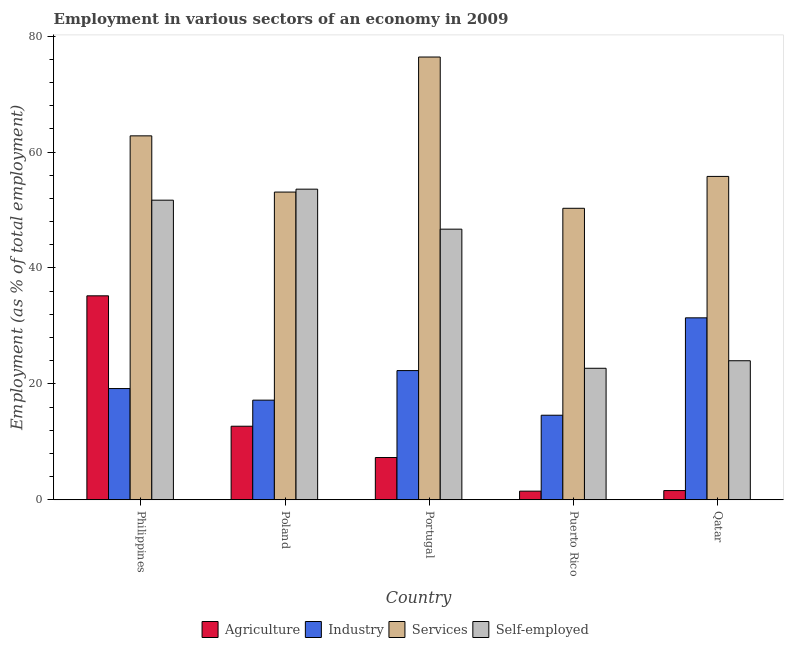
| Country | Agriculture | Industry | Services | Self-employed |
 | --- | --- | --- | --- | --- |
 | Philippines | 35.2 | 19.2 | 62.8 | 51.7 |
 | Poland | 12.7 | 17.2 | 53.1 | 53.6 |
 | Portugal | 7.3 | 22.3 | 76.4 | 46.7 |
 | Puerto Rico | 1.5 | 14.6 | 50.3 | 22.7 |
 | Qatar | 1.6 | 31.4 | 55.8 | 24 |